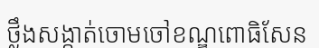
ថ្លឹងសង្កាត់ចោមចៅខណ្ឌពោធិសែន